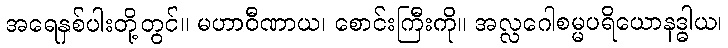
အရေနှစ်ပါးတို့တွင်။ မဟာဝီဏာယ၊ စောင်းကြီးကို။ အလ္လဂေါစမ္မပရိယောနဒ္ဓါယ၊